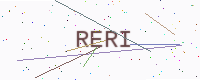
Text: RERI